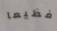
فظيعا